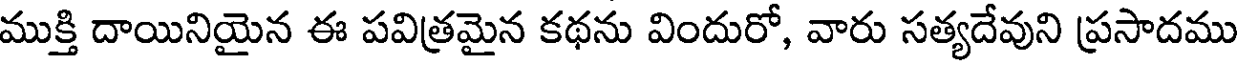
ముక్తి దాయినియైన ఈ పవిత్రమైన కథను విందురో, వారు సత్యదేవుని ప్రసాదము